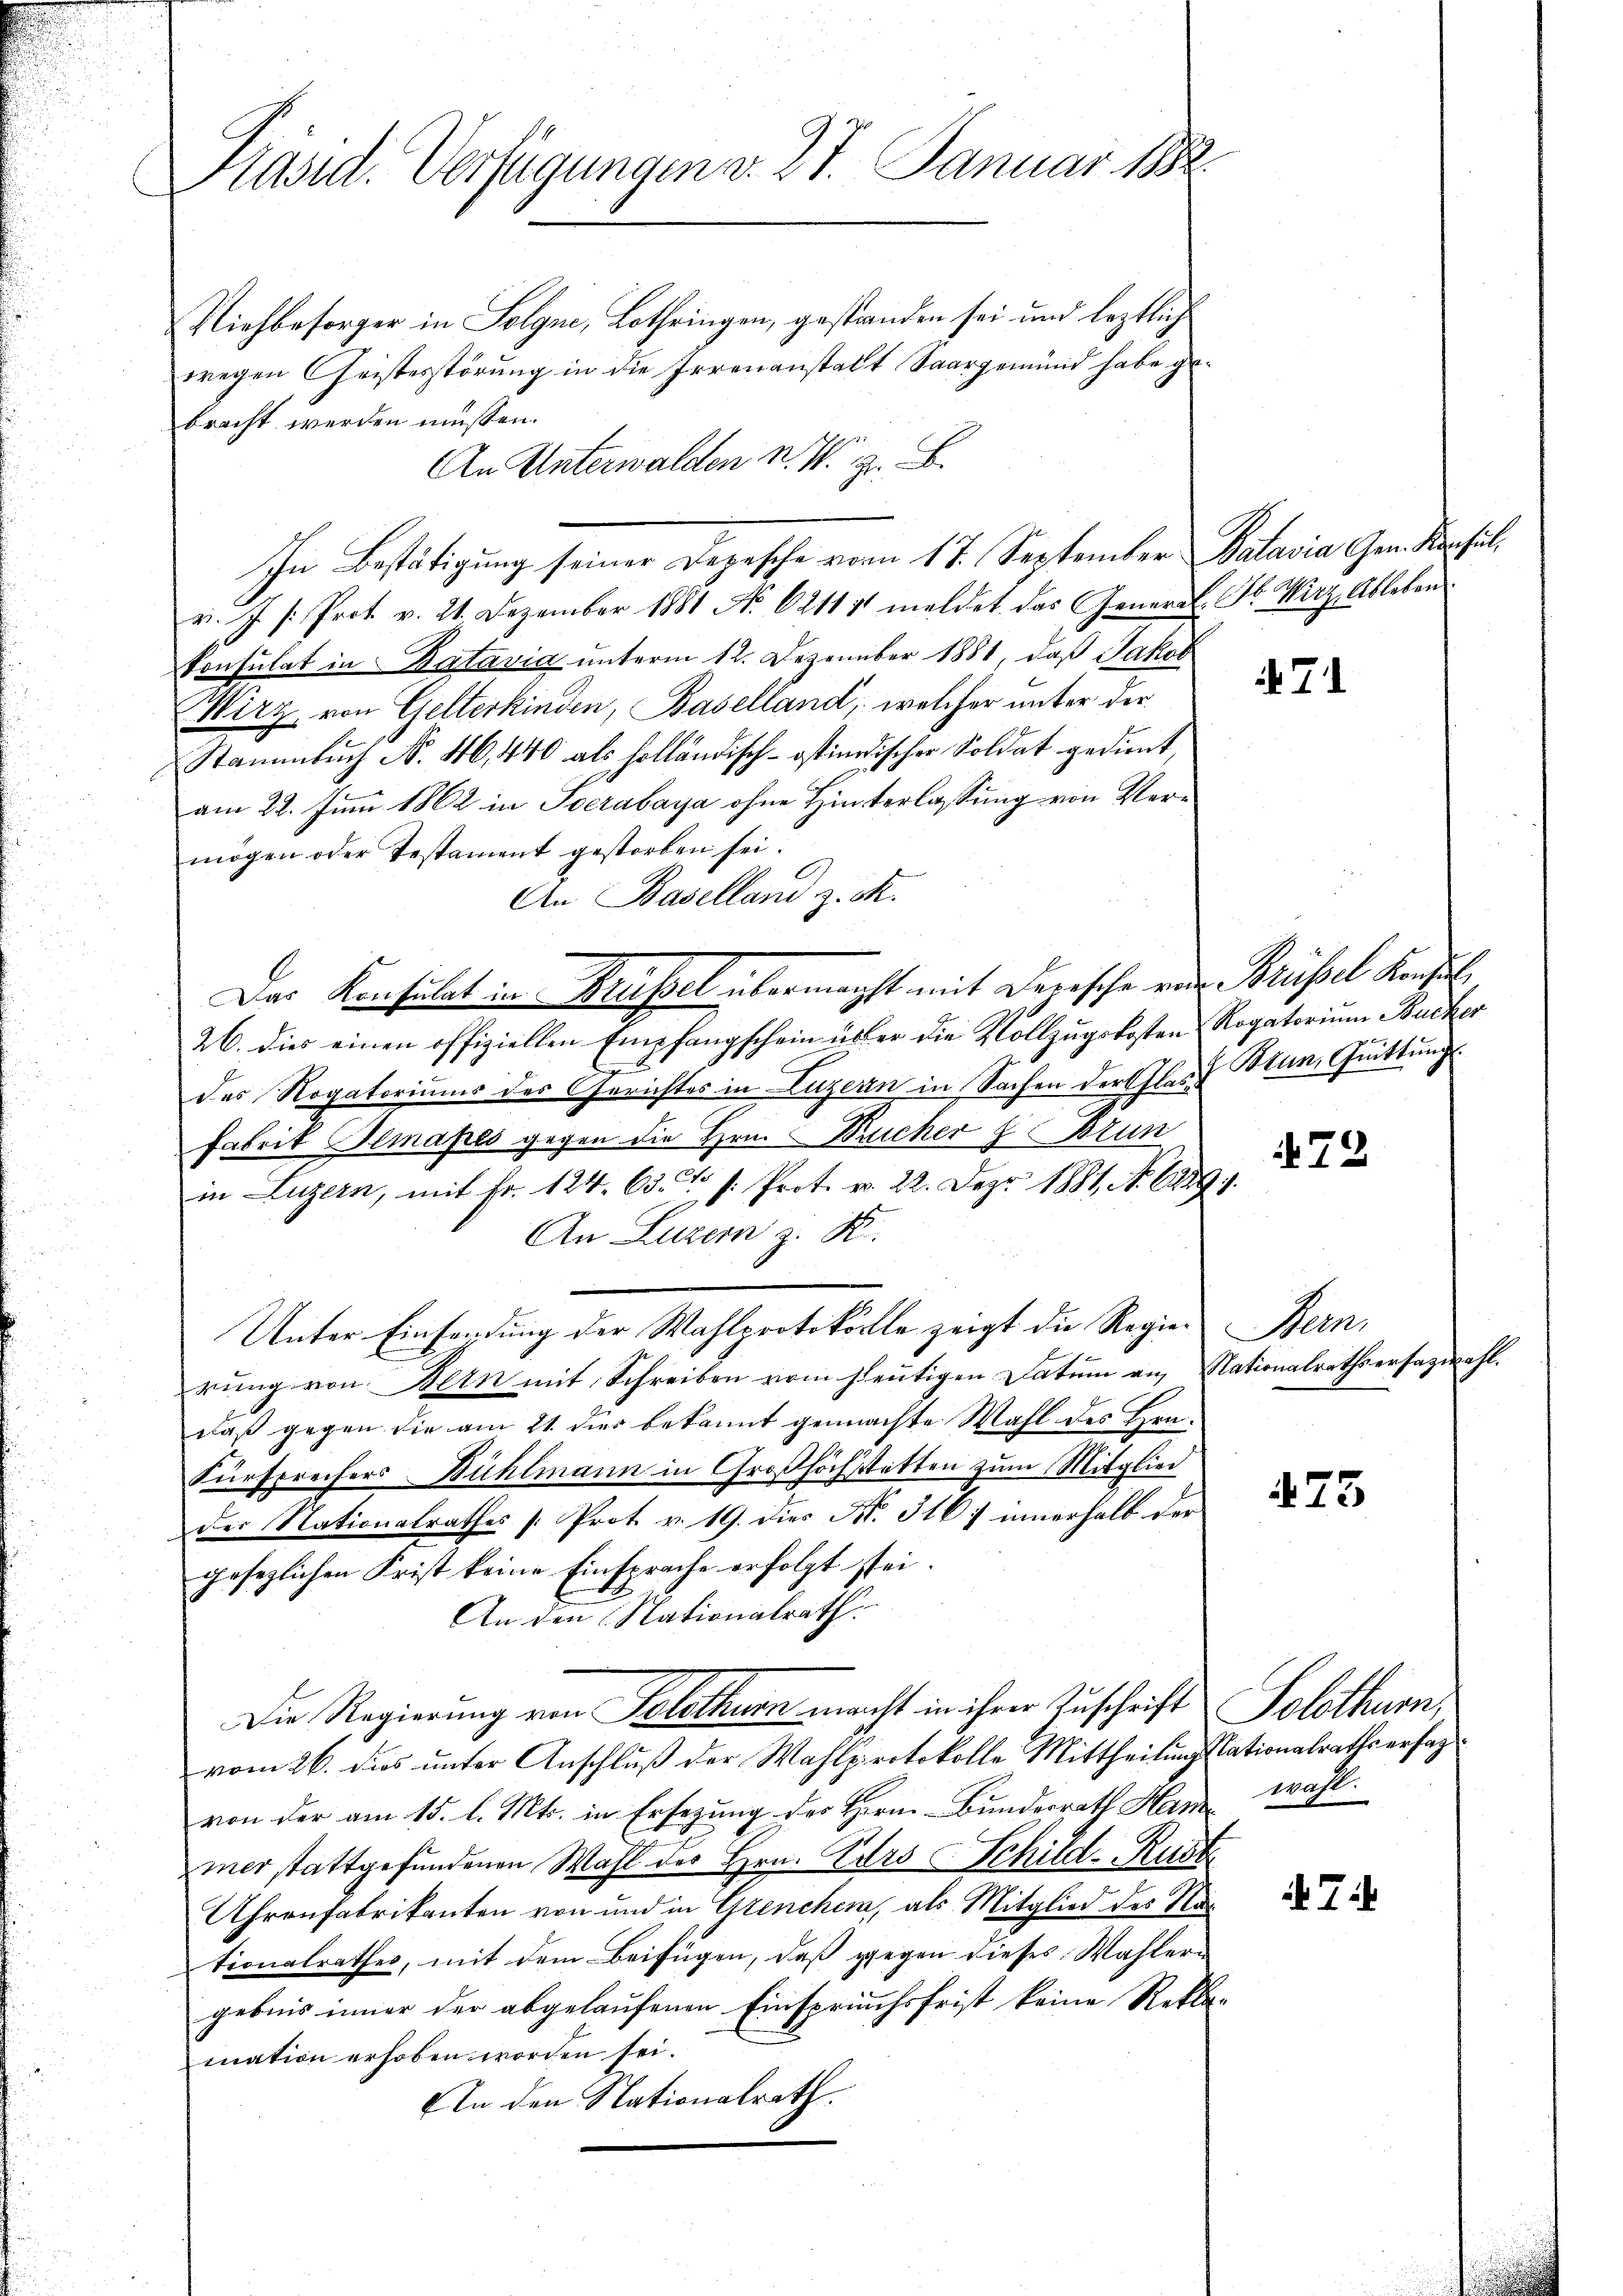
Präsid. Verfügungen v. 27. Januar 1882

Viehbesorger in Solgne, Lothringen, gestanden sei und leztlich
wegen Christesstörung in die Irrenanstalt Saargemünd habe gebracht werden müssen.
An Unterwalden N. N. Z. B.
v. J. P. Prot. v. 21. Dezember 1881 No. 621111 meldet das General-St. Wirz Ableben
konsulat in Batavia unterm 12. Dezember 1881, daß Jakob
Wirz von Gelterkinden, Baselland, welcher unter der
Stammbuch N. 46, 440 als holländisch-ostindischer Soldat gedient
am 22. Juni 1862 in Socrabaya ohne Hinterlassung von Vermögen oder Testament gestorben sei.
An Baselland z. M.
Das Konsulat in Krüssel übermacht mit darische von Brüssel Konsul
26. dies einen offiziellen Empfangschein über die Vollzugskosten Rogatorium Bucker
des Rogatoriums des Gerichtes in Luzern in Sachen der Glas Mun, Quittungs¬
Fabrik Ilmapes gegen die Hrn. Rucker 2 Brun
in Luzern, mit fr. 124. 63. No 1. Prot. v. 22. Dez. 1881, No. 1289.
An Luzern z. R.
Unter Einsendung der Wahlprotokolle zeigt die Regierung von Bern mit Schreiben vom heutigen Datum an Nationalrathserfazwahl.
daß gegen die am 21. dies bekannt gemachte Wahl des Hrn.
Fürsprechers Bühlmann in Großhöchstätten zum Mitglied
der Nationalrathes [: Prot. v. 19. dies N. 316, innerhalb der
gesezlichen Frist keine Einsprache erfolgt sei.
An den Nationalrath.
Die Regierung von Solothur macht in ihrer Zuschrift
vom 26. das unter Anschluß der Wahlprotokolle Mittheilung stationalraths erfasvon der am 15. l. Mts. in Ersezung des Herrn Bunderrath Ham wahl.
mer stattgefundenen Wahl des Hrn. Kurs Schild-Rust
Uhrenfabrikanten von und in Grencher, als Mitglied des Na
tionalrathes, mit dem Beifügen, daß gegen dieses Wahlern
gebnis inner der abgelaufenen Einspruchsfrist keine Rekla-
mation erhoben worden sei.
An den Nationalrath.

In Bestätigung seiner Depesche vom 17. September Batavia Gen. Konsul

71

72

Bern,

475

Solothur

. 7.